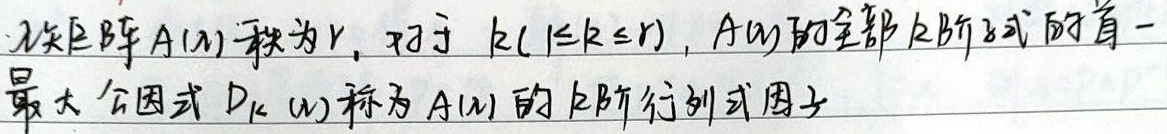
设矩阵\(A(\lambda)\)秩为\(r\)，对于\(k(1\leq k\leq r)\)，\(A(\lambda)\)的全部\(k\)阶子式的首一最大公因式\(D_{k}(\lambda)\)称为\(A(\lambda)\)的\(k\)阶行列式因子。